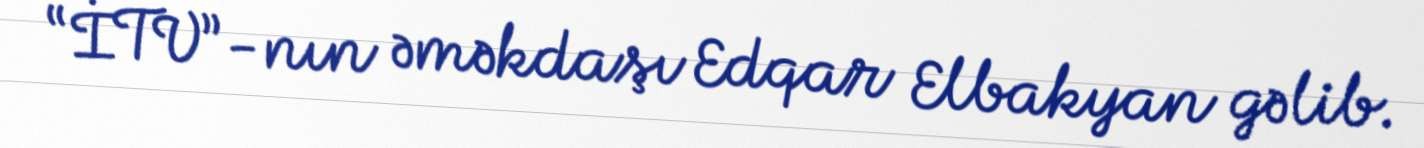
“İTV”-nın əməkdaşı Edqar Elbakyan gəlib.